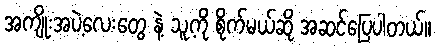
အကျိုးအပဲ့လေးတွေ နဲ့ သူ့ကို စိုက်မယ်ဆို အဆင်ပြေပါတယ်။